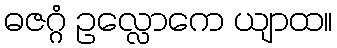
ဓဇဂ္ဂံ ဥလ္လောကေ ယျာထ။